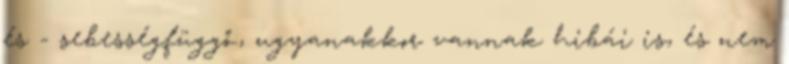
és - sebességfüggő., ugyanakkor vannak hibái is, és nem